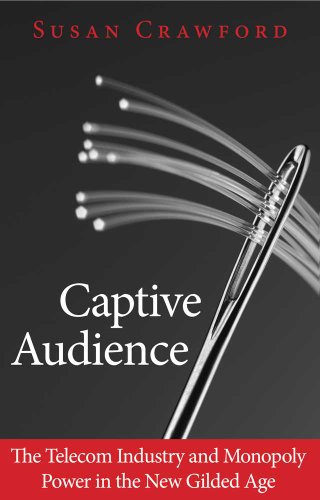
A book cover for Captive Audience: The Telecom Industry and Monopoly Power in the New Gilded Age; Susan Crawford; Computers & Technology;